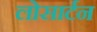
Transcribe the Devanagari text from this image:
लोसार्टन